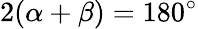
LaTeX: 2(\alpha+\beta)=180^{\circ}